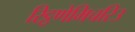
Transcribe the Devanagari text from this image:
रिट्ठणेमिचरिउ